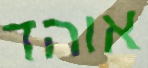
אוהד